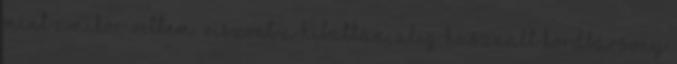
mint amikor vettem. Viszont a hibátlan, alig használt kordbársony